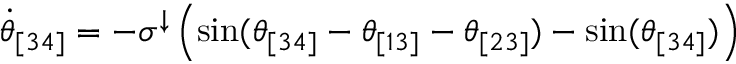
\begin{array} { r } { \Dot { \theta } _ { [ 3 4 ] } = - \sigma ^ { \downarrow } \left( \sin ( \theta _ { [ 3 4 ] } - \theta _ { [ 1 3 ] } - \theta _ { [ 2 3 ] } ) - \sin ( \theta _ { [ 3 4 ] } ) \right) } \end{array}